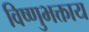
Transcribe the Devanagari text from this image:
विष्णुभक्ताय